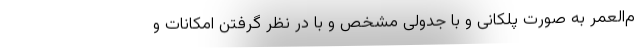
م‌العمر به صورت پلکانی و با جدولی مشخص و با در نظر گرفتن امکانات و